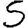
Digit: 5